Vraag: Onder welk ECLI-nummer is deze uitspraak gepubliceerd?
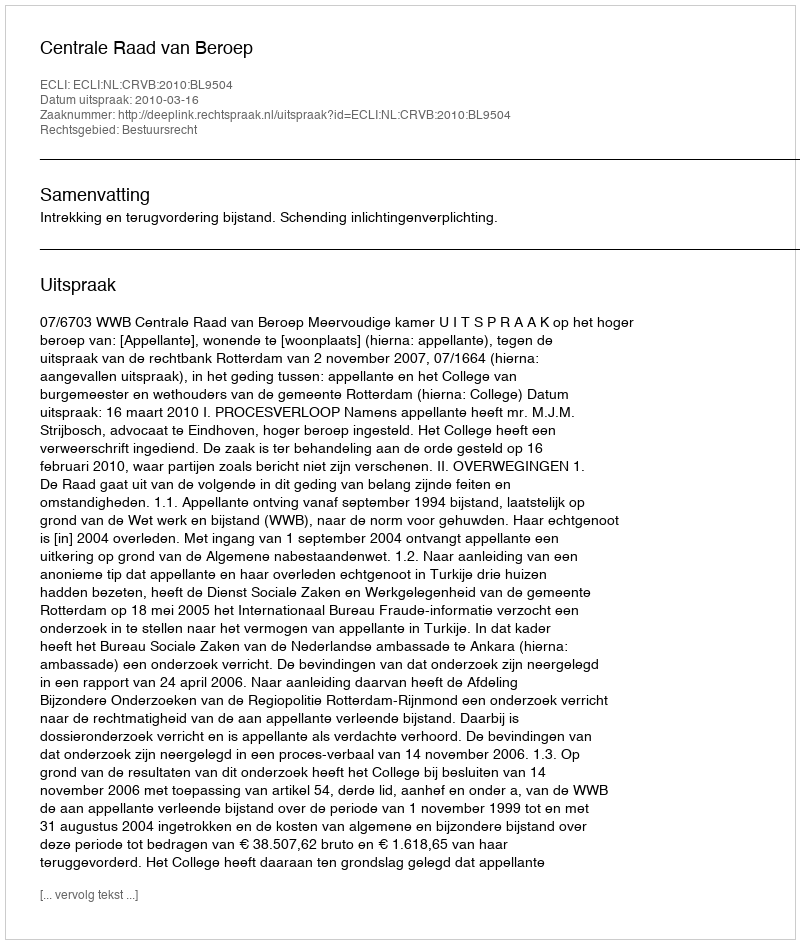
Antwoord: ECLI:NL:CRVB:2010:BL9504